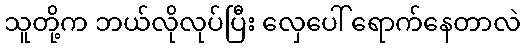
သူတို့က ဘယ်လိုလုပ်ပြီး လှေပေါ် ရောက်နေတာလဲ